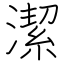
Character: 潔